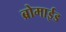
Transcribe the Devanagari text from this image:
ब्रोमाईड